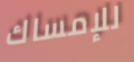
للإمساك